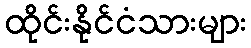
ထိုင်းနိုင်ငံသားများ